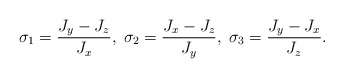
\begin{align*}\sigma_{1}=\frac{J_{y}-J_{z}}{J_{x}},\; \sigma_{2}=\frac{J_{x}-J_{z}}{J_{y}},\; \sigma_{3}=\frac{J_{y}-J_{x}}{J_{z}}.\end{align*}